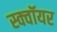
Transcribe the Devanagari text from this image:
स्क्वॉयर